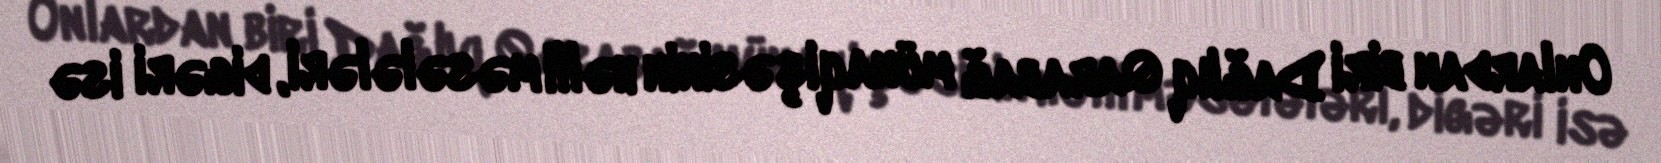
Onlardan biri Dağlıq Qarabağ münaqişəsinin həlli məsələləri, digəri isə